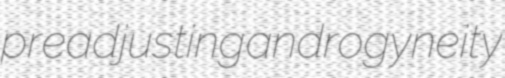
preadjusting androgyneity